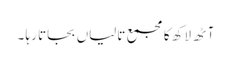
آٹھ لاکھ کا مجمع تالیاں بجاتا رہا ۔